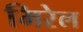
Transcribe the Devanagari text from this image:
मिरेल